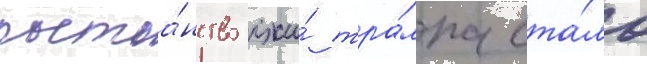
постоа́нство лжи́ тра́мпа ста́ло